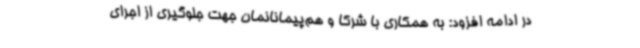
در ادامه افزود: به همکاری با شرکا و هم‌پیمانانمان جهت جلوگیری از اجرای